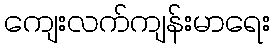
ကျေးလက်ကျန်းမာရေး